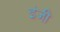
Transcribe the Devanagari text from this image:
इंजी